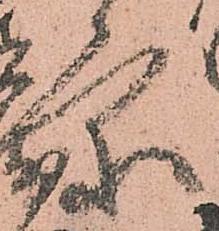
条